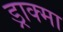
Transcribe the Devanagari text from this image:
ड्राक्मा